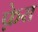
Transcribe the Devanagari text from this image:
फ़ेरा